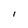
Character: 1